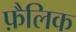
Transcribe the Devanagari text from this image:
फ़ैलिक